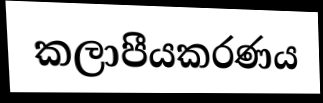
කලාපීයකරණය